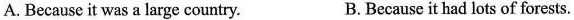
A. Because it was a large country. B. Because it had lots of forests.